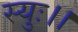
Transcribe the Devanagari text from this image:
स्युः।।